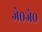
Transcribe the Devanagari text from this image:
जे०जे०